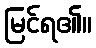
မြင်ရ၏။